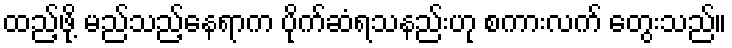
ထည့်ဖို့ မည်သည့်နေရာက ပိုက်ဆံရသနည်းဟု စကားလက် တွေးသည်။